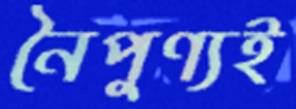
নৈপুণ্যই